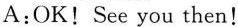
A:OK!See you then!